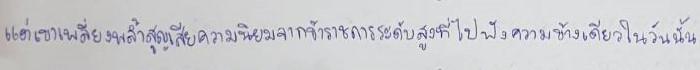
แต่เขาเพลี่ยงพล้ำสูญเสียความนิยมจากข้าราชการระดับสูงที่ไปฟังความข้างเดียวในวันนั้น